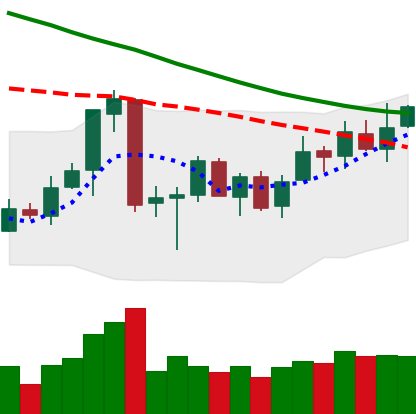
Ticker: ETC-USD
Chart end date: 2018-07-05
Forward return: -6.971%
Label: down_5_7